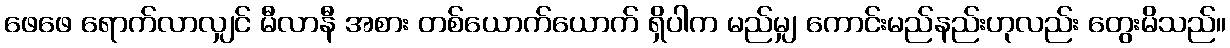
ဖေဖေ ရောက်လာလျှင် မီလာနီ အစား တစ်ယောက်ယောက် ရှိပါက မည်မျှ ကောင်းမည်နည်းဟုလည်း တွေးမိသည်။